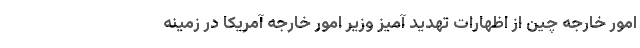
امور خارجه چین از اظهارات تهدید آمیز وزیر امور خارجه آمریکا در زمینه